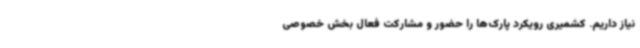
نیاز داریم. کشمیری رویکرد پارک‌ها را حضور و مشارکت فعال بخش خصوصی